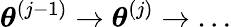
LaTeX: \boldsymbol{\theta}^{\left(j-1\right)}\to\boldsymbol{\theta}^{\left(j\right)}\to\ldots